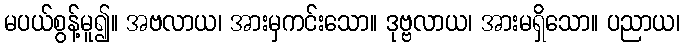
မပယ်စွန့်မူ၍။ အဗလာယ၊ အားမှကင်းသော။ ဒုဗ္ဗလာယ၊ အားမရှိသော။ ပညာယ၊